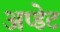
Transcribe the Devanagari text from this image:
अप्डेट